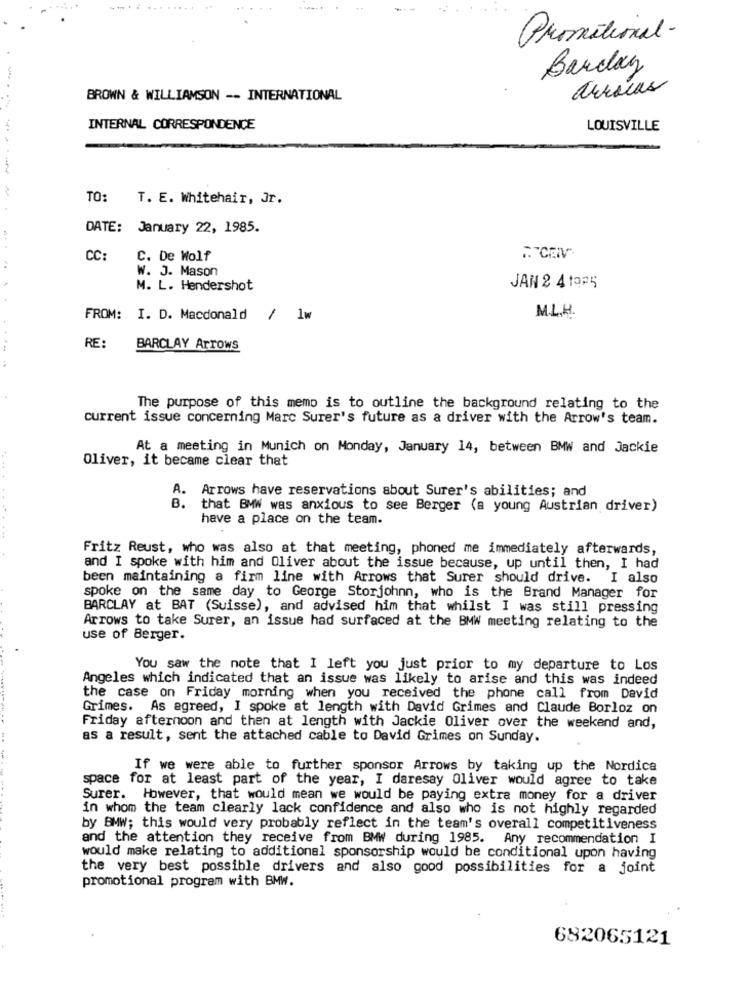
Promotional-
Barclay
arraias
BROWN & WILLIAMSON -- INTERNATIONAL
....
INTERNAL CORRESPONDENCE
LOUISVILLE
TO:
T. E. Whitehair, Jr.
DATE: January 22, 1985.
CC:
C. De Wolf
TTCEM
..
W. J. Mason
M. L. Hendershot
JAN 2 4 1025
FROM: I. D. Macdonald / 1w
M.L.H.
RE:
BARCLAY Arrows
The purpose of this memo is to outline the background relating to the
current issue concerning Marc Surer's future as a driver with the Arrow's team.
At a meeting in Munich on Monday, January 14, between BMW and Jackie
Oliver, it became clear that
A. Arrows have reservations about Surer's abilities; and
B.
that BMW was anxious to see Berger (a young Austrian driver)
have a place on the team.
.. ......
Fritz Reust, who was also at that meeting, phoned me immediately afterwards,
and I spoke with him and Oliver about the issue because, up until then, I had
been maintaining a firm line with Arrows that Surer should drive. I also
spoke on the same day to George Storjohnn, who is the Brand Manager for
BARCLAY at BAT (Suisse), and advised him that whilst I was still pressing
Arrows to take Surer, an issue had surfaced at the BMW meeting relating to the
use of Berger.
You saw the note that I left you just prior to my departure to Los
Angeles which indicated that an issue was likely to arise and this was indeed
the case on Friday morning when you received the phone call from David
Grimes. As agreed, I spoke at length with David Grimes and Claude Borloz on
Friday afternoon and then at length with Jackie Oliver over the weekend and,
as a result, sent the attached cable to David Grimes on Sunday.
If we were able to further sponsor Arrows by taking up the Nordica
space for at least part of the year, I daresay Oliver would agree to take
Surer. However, that would mean we would be paying extra money for a driver
in whom the team clearly lack confidence and also who is not highly regarded
by BMW; this would very probably reflect in the team's overall competitiveness
and the attention they receive from BMW during 1985. Any recommendation I
would make relating to additional sponsorship would be conditional upon having
the very best possible drivers and also good possibilities for a joint
promotional program with BMW.
682065121